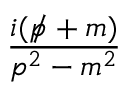
\frac { i ( { p \! \! \! / } + m ) } { p ^ { 2 } - m ^ { 2 } }